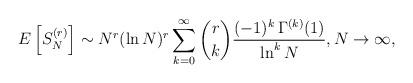
LaTeX: \begin{align*}E\left[S_N^{(r)}\right] \sim N^r (\ln N)^r \sum_{k=0}^{\infty} \binom{r}{k} \frac{(-1)^k \, \Gamma^{(k)}(1)}{\ln^k N},N \to \infty,\end{align*}